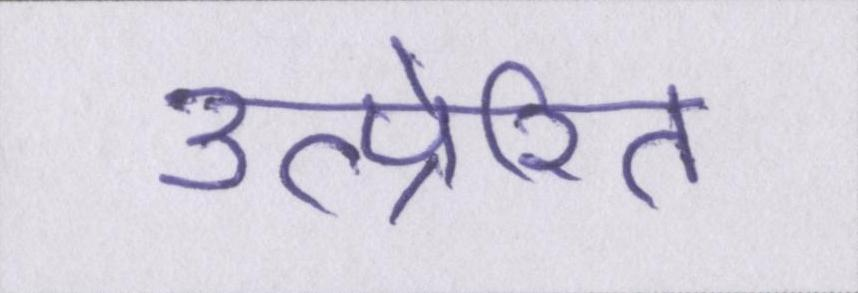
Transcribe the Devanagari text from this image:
उत्प्रेरित